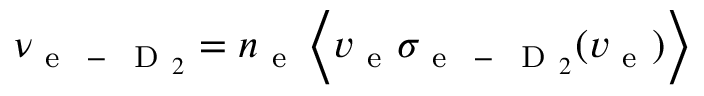
\nu _ { \mathrm { ~ e ~ } \mathrm { ~ - ~ } \mathrm { ~ D ~ } _ { 2 } } = n _ { \mathrm { ~ e ~ } } \left\langle v _ { \mathrm { ~ e ~ } } \sigma _ { \mathrm { ~ e ~ } \mathrm { ~ - ~ } \mathrm { ~ D ~ } _ { 2 } } ( v _ { \mathrm { ~ e ~ } } ) \right\rangle